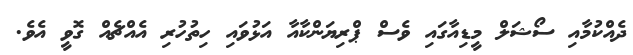
ދެއްކުމާއި ސޯޝަލް މީޑިއާގައި ވެސް ޕްރިޔަންކާއާ އަޅުވައި ހިތުހުރި އެއްޗެއް ގޮވީ އެވެ.